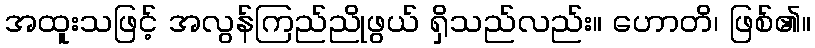
အထူးသဖြင့် အလွန်ကြည်ညိုဖွယ် ရှိသည်လည်း။ ဟောတိ၊ ဖြစ်၏။